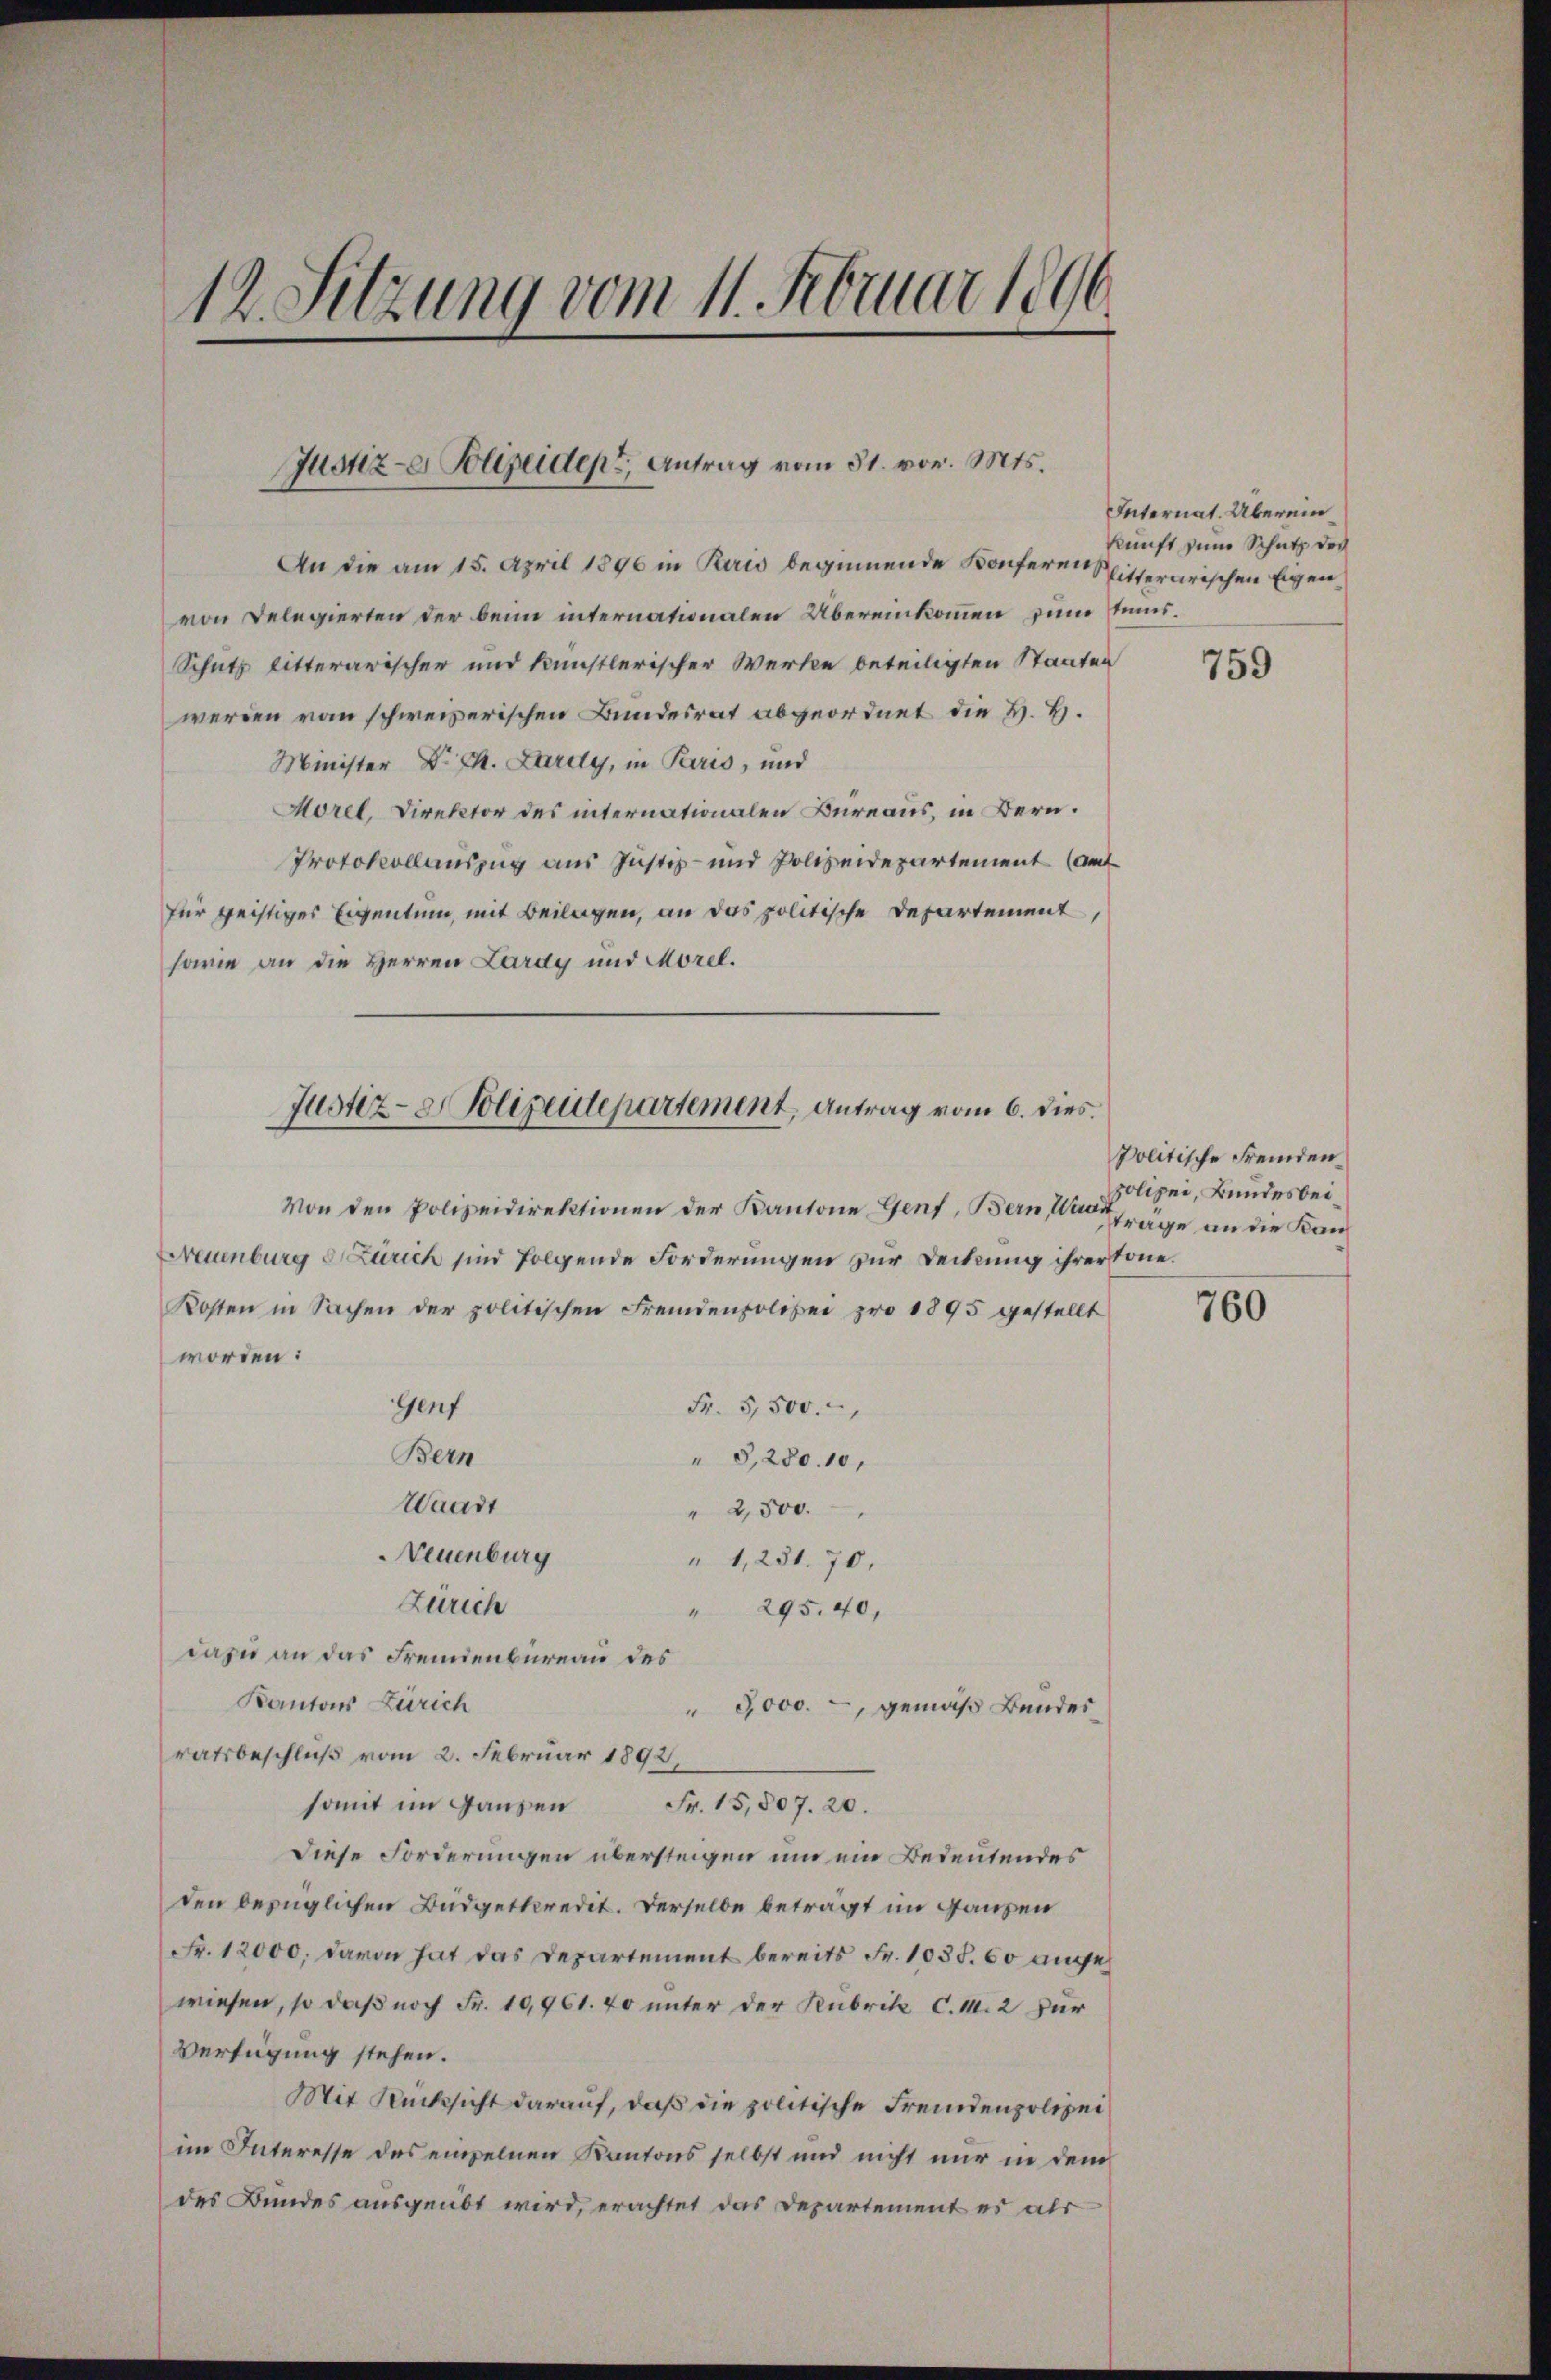
12. Sitzung vom 11. Februar 1896.

Justiz- Polizeiden, Antrag vom 31. vor. Mts.

An die am 15. April 1896 in Paris beginnende Konferen Ritterarischen Eigenvon Delegierten der beim internationalen Übereinkommen zum Tems¬
Schutz litterarischer und künstlerischer Werke beteiligten Staaten
werden von schweizerischen Bundesrat abgeordnet die H. H.
Minister Dr. Ch. Lardy, in Paris, und
Morel, Direktor des internationalen Bureaus, in Bern.
Protokollauszug aus Justiz- und Polizeidepartement (auf
für geistiges Eigentum, mit Beilagen, an das politische Departement,
sowie an die Herren Lardy und Morel.

Von den Polizeidirektionen der Kantone Genf, Bern Waad
Neuenburg Zürich sind folgende Forderungen zur Deckung ihrer töne.
Kosten in Sachen der politischen Fremdenpolizei pro 1895 gestellt
worden:
Genf
Fr. 5,500.
Bern
" 8,280. 10,
Waadt
" 2,500.
Neuenburg
" 1,251. 70.
Zürich
" 295. 40,
dazu an das Fremdenbureau des
Kantons Zürich
" 3000.-, gemäß Bandes
ratsbeschluß vom 2. Februar 1892,
somit im Ganzen Fr. 15,507. 20.
Diese Forderungen übersteigen um ein Bedeutendes
den bezüglichen Büdgetkredit. Derselbe beträgt im Hausen
Fr. 12000, davon hat das Departement bereits Fr. 1038. 60 ange
wiesen, so daß noch Fr. 10,961. 40 unter der Rubrik C.M. 2 für
Verfügung stehen.
Mit Rücksicht darauf, daß die politische Fremdenpolizei
im Interesse des empelnen Kantons selbst und nicht nur in dem
des Bundes ausgeübt wird, erachtet das Departement es als

Justiz- & Polizeidepartement, Antrag vom 6. dies

Internat. Überein
kunft seine Schutz der

759

politische Fremden
polizei, Bundesbeitrage an die Kan¬

760